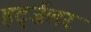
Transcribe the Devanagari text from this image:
हर्ट्ज़लर